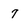
Character: 7